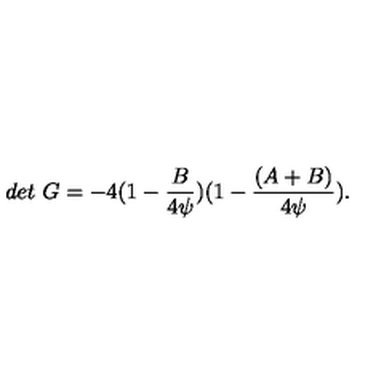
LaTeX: d e t \ G = - 4 ( 1 - { \frac { B } { 4 \psi } } ) ( 1 - { \frac { ( A + B ) } { 4 \psi } } ) .